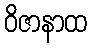
ဝိဇာနာထ